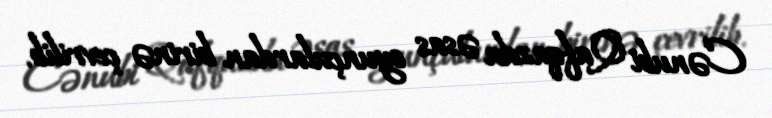
Cənubi Qafqazda əsas oyunçulardan birinə çevrilib.